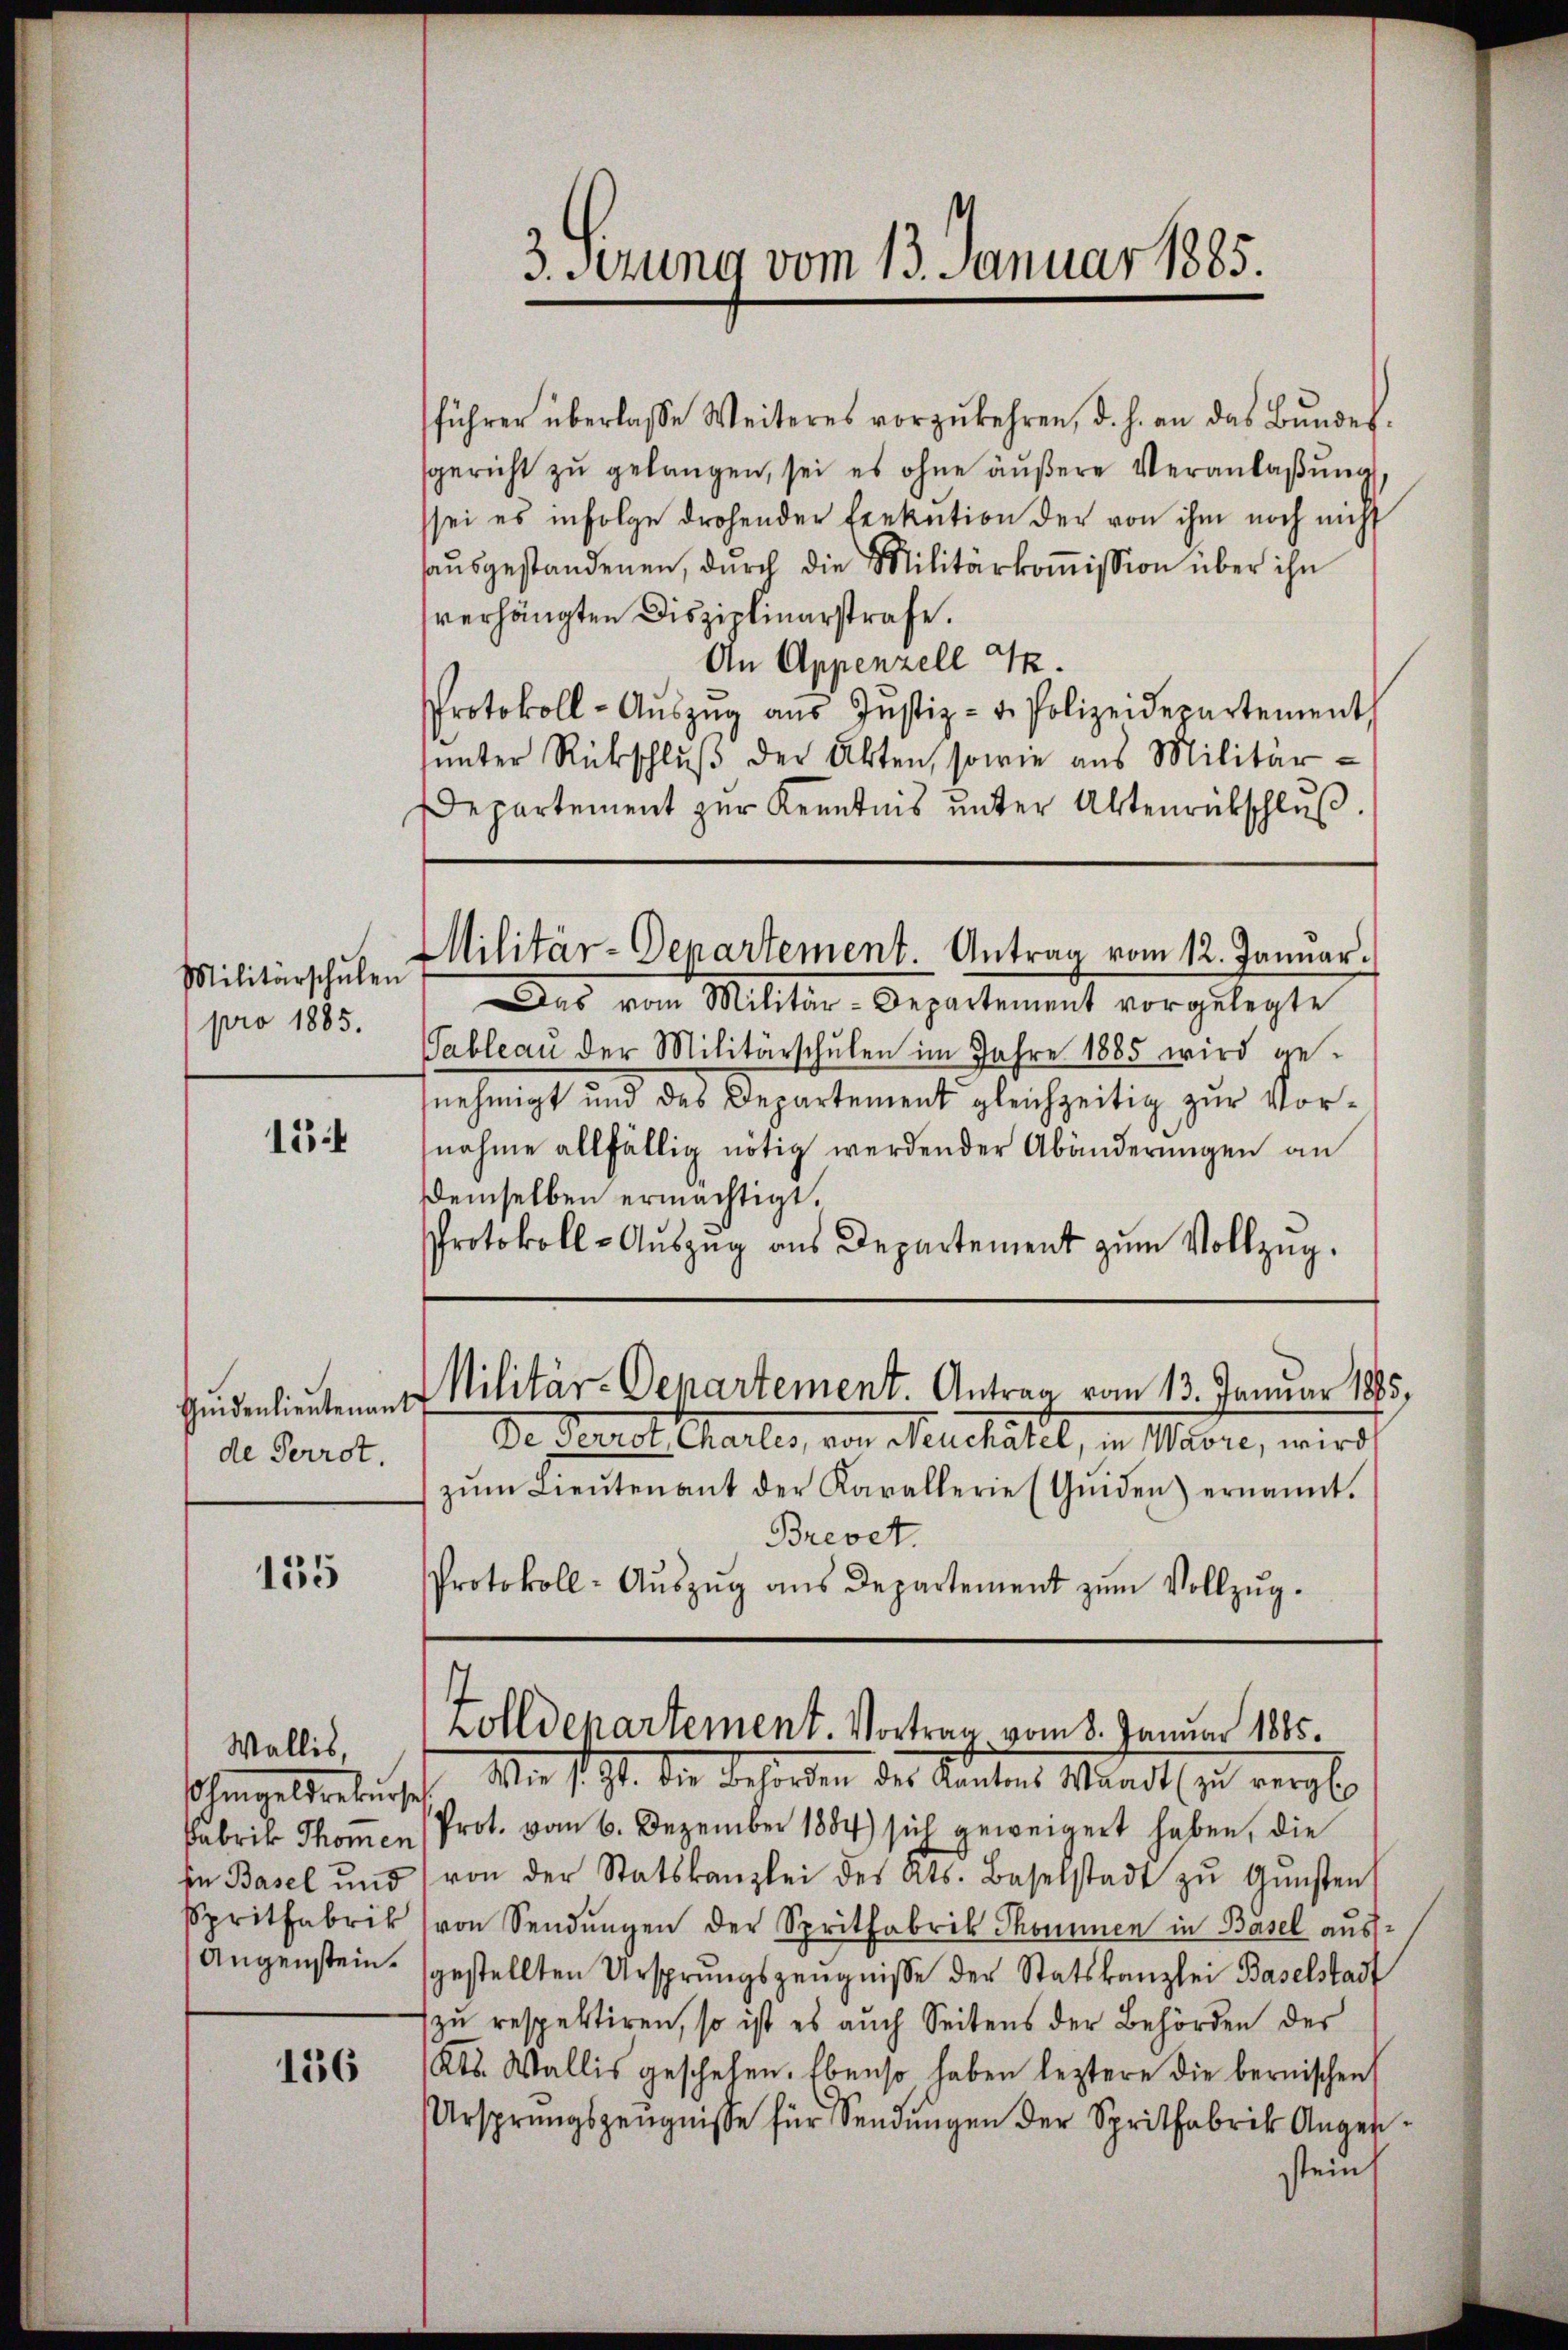
Militärschulen
pro 1885.

15

de Perrot.

155

Ohingestrebung
Fabrik Thommen
in Basel und
Spritfabrik
Augenstein.

Wallis,

136

3. Sezung vom 13. Januar 1885.

führer überlasse Weiteres vorzukehren, d. h. an das Bŭndes.
sgericht zŭ gelangen, sei es ohne äußere Veranlaßung
sei es infolge drohender Exekution der von ihm noch nicht
haŭsgestandenen, durch die Militärkoṁission über ihn
verhängten Disziplinarstrafe.
An Appenzell I.
Protokoll-Aŭszŭg aŭs Jŭstiz- u. Polizeidepartement
sunter Rückschluß der Akten, sowie aus Militär¬
Departement zur Kenntnis unter Altenrütschluß

Militär-Departement. Antrag vom 12. Januar.

Das von Militon-Departement vorgelegte
Pableau der Militärschulen im Jahre 1885 wird gesnehmigt und des Departement gleichzeitig zur Vornahme allfällig nötig werdender Abänderungen an
Demselben ermächtigt.
Protokoll-Auszug aus Departement zum Vollzug.
Hindenlieutenant Militär-Departement. Antrag vom 13. Januar 1875,
De Pierrat Charter, von Neuchâtel, in Waare, wird
zŭm Lieŭtenant der Karallerie (Gŭiden) ernannt.
Brevet.
Protokoll- Aŭszŭg ans Departement zŭm Vollzŭg.

zolldepartement. Vortrag vom 8. Januar 1885.
sch. Wir s. Zt. die Beherben der Kantons Sanats zu vergl

Prot. vom 6. Dezember 1884) sich geweigert haben, die
von der Statskanzlei des Kts. Baselstadt zŭ Gŭnsten
von Sendungen der Spritfabrik Thommen in Basel aus
gestellten Ursprungszeŭgnisse der Statskanzlei Baselstadt
zu respektiren, so ist es auch Seitens der Behörden der
Kts. Wallis geschehen. Ebenso haben leztere die bernischen
Ursprungszeŭgnisse für Sendŭngen der Spritfabrik Augen.
stein